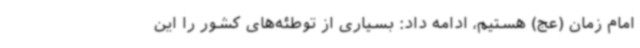
امام زمان (عج) هستیم، ادامه داد: بسیاری از توطئه‌های کشور را این